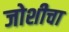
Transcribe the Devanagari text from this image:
जोशीचा